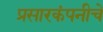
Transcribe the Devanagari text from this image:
प्रसारकंपनीचे